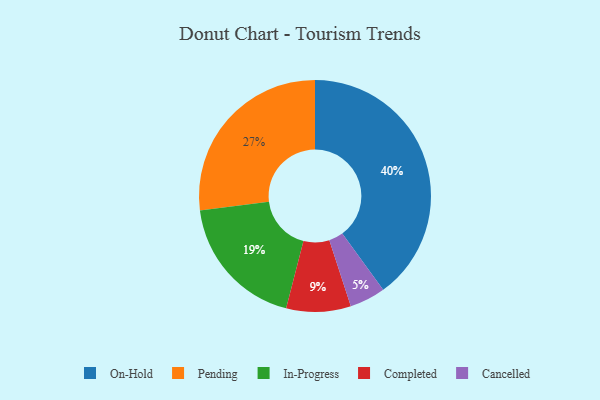
{"axis": {"x": "Category", "y": "Percentage"}, "legend": ["Cancelled", "Completed", "In-Progress", "On-Hold", "Pending"], "data": [{"x": "In-Progress", "y": 19, "type": "In-Progress"}, {"x": "On-Hold", "y": 40, "type": "On-Hold"}, {"x": "Completed", "y": 9, "type": "Completed"}, {"x": "Pending", "y": 27, "type": "Pending"}, {"x": "Cancelled", "y": 5, "type": "Cancelled"}]}